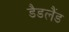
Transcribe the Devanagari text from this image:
डैडलैंड